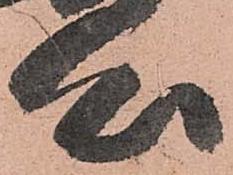
心